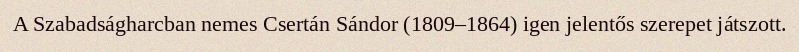
A Szabadságharcban nemes Csertán Sándor (1809–1864) igen jelentős szerepet játszott.